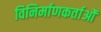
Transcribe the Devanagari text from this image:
विनिर्माणकर्ताओं